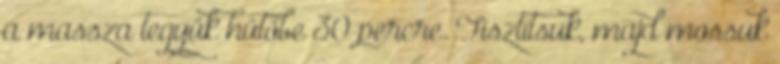
a massza tegyük hűtőbe 30 percre. Tisztítsuk, majd mossuk